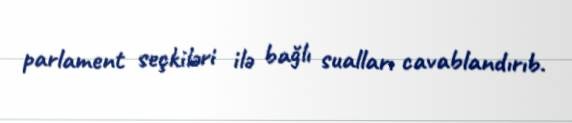
parlament seçkiləri ilə bağlı sualları cavablandırıb.